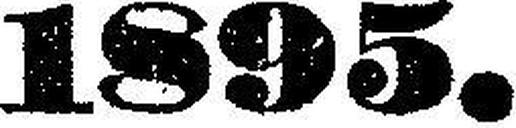
1895.